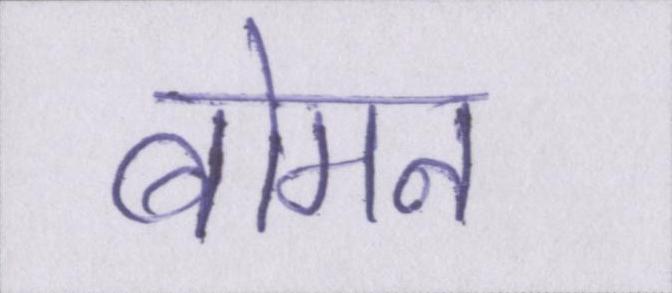
बोमन